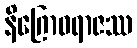
နိဂြောဓရာဇဿ